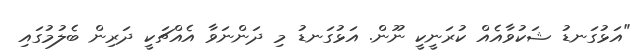
"އަޅުގަނޑު ޝަކުވާއެއް ކުރަނީކީ ނޫން. އަޅުގަނޑު މި ދަންނަވާ އެއްޗަކީ ދަރިން ބެލުމުގައި